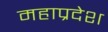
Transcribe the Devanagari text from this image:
महाप्रदेश